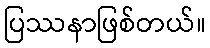
ပြဿနာဖြစ်တယ်။